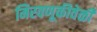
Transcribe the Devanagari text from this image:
मिरवणूकीवेळी